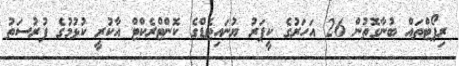
ރިޕޯޓްތައް ބުނާގޮތުން 26 އަހަރުގެ ކީޕަރު ޔުނައިޓެޑްގެ ކޮންޓްރެކްޓް އާކުރީ ކުޅުމުގެ ފުރުސަތު